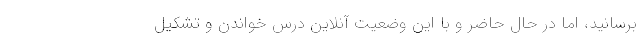
برسانید، اما در حال حاضر و با این وضعیت آنلاین درس خواندن و تشکیل